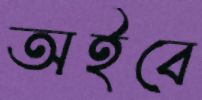
অইবে